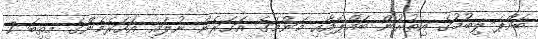
ބައްޕަ ލިބުމުގެ އިތުރުން ބައްޕައާއި މަންމަގެ އަހަރެން ނުލައި އަހަރެމެންގެ މިތިބަ 7